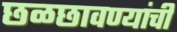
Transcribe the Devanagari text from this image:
छळछावण्यांची